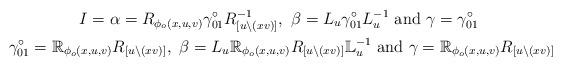
LaTeX: \begin{gather*}I=\alpha =R_{\phi_o(x,u,v)}\gamma_{01}^\circ R_{[u\backslash (xv)]}^{-1},~\beta=L_u\gamma_{01}^\circ L_u^{-1}~\textrm{and}~\gamma=\gamma_{01}^\circ\\\gamma_{01}^\circ =\mathbb{R}_{\phi_o(x,u,v)}R_{[u\backslash (xv)]},~\beta=L_u\mathbb{R}_{\phi_o(x,u,v)}R_{[u\backslash (xv)]}\mathbb{L}_u^{-1}~\textrm{and}~\gamma=\mathbb{R}_{\phi_o(x,u,v)}R_{[u\backslash (xv)]}\end{gather*}